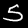
Label: 5